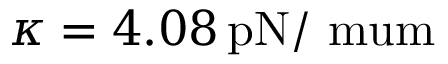
\kappa = 4 . 0 8 \, \mathrm { { p N / \ m u m } }